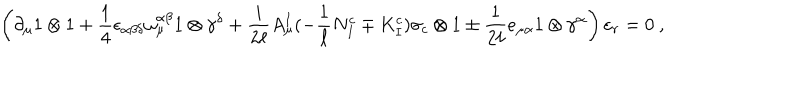
\left( \partial _ { \mu } 1 \otimes 1 + \frac { 1 } { 4 } \epsilon _ { \alpha \beta \delta } \omega _ { \mu } ^ { \alpha \beta } 1 \otimes \gamma ^ { \delta } + \frac { i } { 2 \ell } A _ { \mu } ^ { I } ( - \frac { 1 } { \ell } N _ { I } ^ { c } \mp K _ { I } ^ { c } ) \sigma _ { c } \otimes 1 \pm \frac { 1 } { 2 \ell } e _ { \mu \alpha } 1 \otimes \gamma ^ { \alpha } \right) \varepsilon _ { r } = 0 \ ,